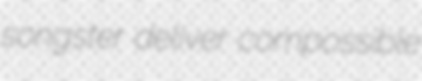
songster deliver compossible